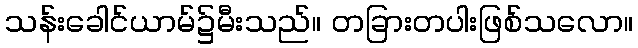
သန်းခေါင်ယာမ်၌မီးသည်။ တခြားတပါးဖြစ်သလော။